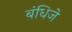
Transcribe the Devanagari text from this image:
बंधिजे